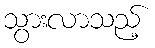
သွားလာသည့်